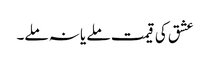
عشق کی قیمت ملے یا نہ ملے۔